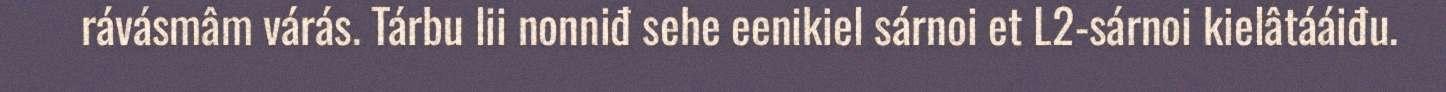
rávásmâm várás. Tárbu lii nonniđ sehe eenikiel sárnoi et L2-sárnoi kielâtááiđu.